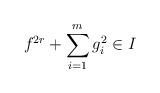
LaTeX: \begin{align*}f^{2r}+\sum_{i=1}^m g_i^2\in I \end{align*}